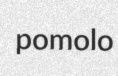
pomolo